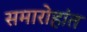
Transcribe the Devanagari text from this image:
समारोहांत